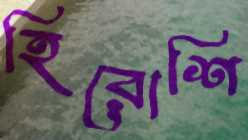
হিরোশি